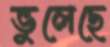
ভুলেছে